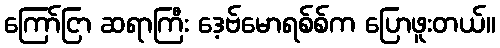
ကြော်ငြာ ဆရာကြီး ဒေ့ဗ်မောရစ်စ်က ပြောဖူးတယ်။